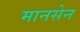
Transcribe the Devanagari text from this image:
मानसेन